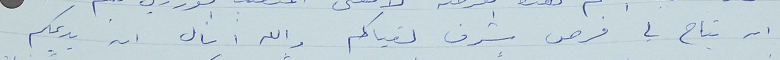
ان يتاح لي فرص شرف لقياكم والله اسأل ان يديمكم